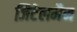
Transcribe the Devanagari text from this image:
जिटेलमैन